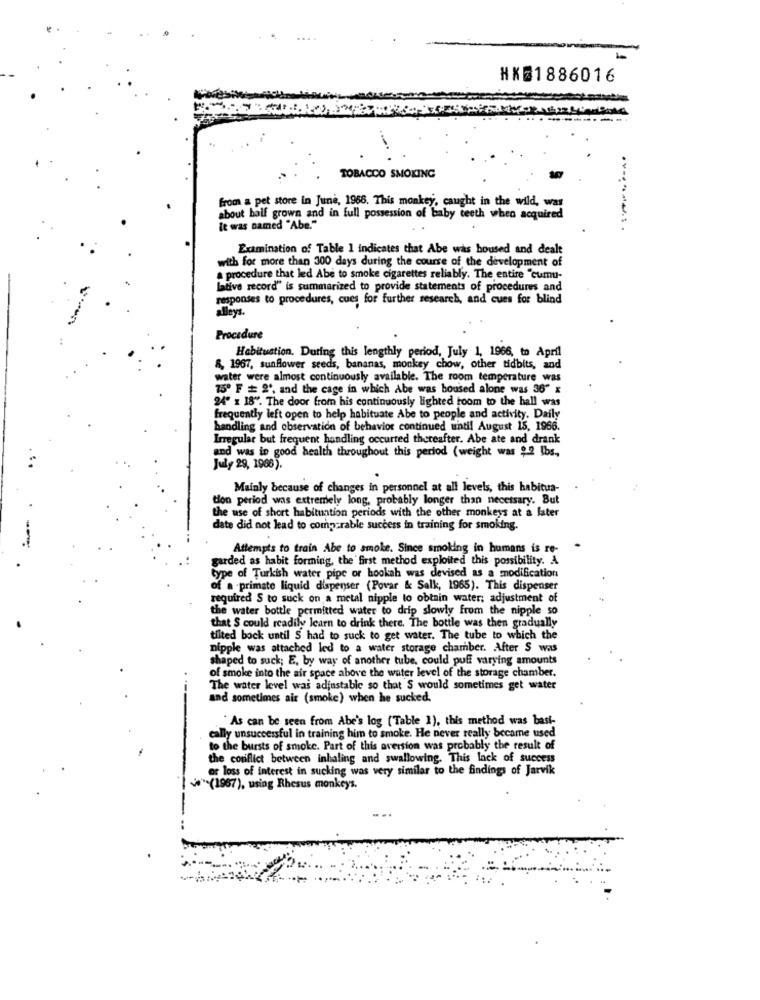
HX 1886016
TOBACCO SMOKING
from a pet store in June, 1968. This monkey, caught in the wild, was
about half grown and in full possession of baby teeth when acquired
It was named "Abe."
Examination of Table 1 indicates that Abe was housed and dealt
with for more than 300 days during the course of the development of
a procedure that led Abe to smoke cigarettes reliably. The entire "cumu-
lative record" is summarized to provide statements of procedures and
responses to procedures, cues for further research, and cues for blind
alleys.
Procedure
Habitustion. During this lengthly period, July 1, 1966, to April
8, 1967, sunflower seeds, bananas, monkey chow, other tidbits, and
water were almost continuously available. The room temperature was
75º F # 2", and the cage in which Abe was housed alone was 36" x
24" x 18". The door from his continuously lighted room to the hall was
frequently left open to help habituate Abe to people and activity. Daily
handling and observation of behavior continued until August 15, 1966.
Irregular but frequent handling occurred thereafter. Abe ate and drank
and was in good health throughout this period (weight was $2 lbs .,
July 29, 1966).
Mainly because of changes in personnel at all levels, this habitua-
tion period was extremely long, probably longer than necessary. But
the use of short habituation periods with the other monkeys at a later
date did not lead to comparable success in training for smoking.
Attempts to train Abe to smoke. Since smoking in humans is re-
garded as habit forming, the first method exploited this possibility. A
type of Turkish water pipe or hookah was devised as a modification
of a -primate liquid dispenser (Povar & Salk, 1965). This dispenser
required S to suck on a metal nipple to obtain water; adjustment of
the water bottle permitted water to drip slowly from the nipple so
that S could readily learn to drink there. The bottle was then gradually
tilted bock until S had to suck to get water. The tube to which the
nipple was attached led to a water storage chamber. After S was
shaped to suck; E, by way of another tube, could puff varying amounts
of smoke into the air space above the water level of the storage chamber.
The water level was adjustable so that S would sometimes get water
and sometimes air (smoke) when he sucked.
As can be seen from Abe's log (Table 1), this method was basi-
cally unsuccessful in training him to smoke. He never really became used
to the bursts of smoke. Part of this aversion was probably the result of
the conflict between inhaling and swallowing. This lack of success
or loss of interest in sucking was very similar to the findings of Jarvik
*** (1987), using Rhesus monkeys.